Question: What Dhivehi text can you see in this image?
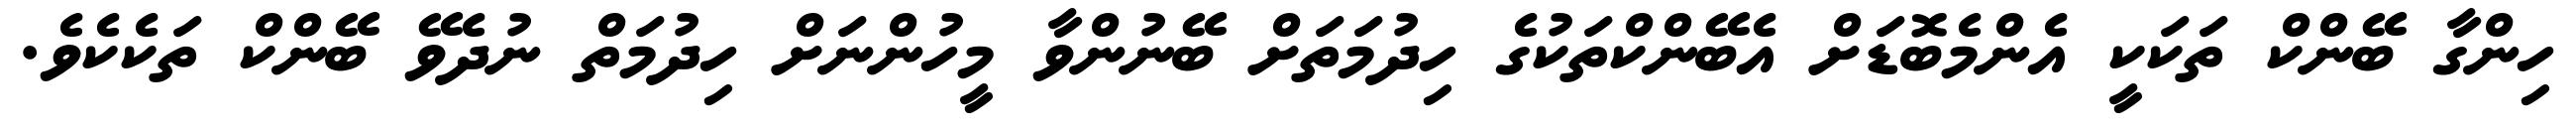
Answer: ހިންގާ ބޭންކް ތަކަކީ އެންމެބޮޑަށް އެބޭންކްތަކުގެ ހިދުމަތަށް ބޭނުންވާ މީހުންނަށް ހިދުމަތް ނުދެވޭ ބޭންކް ތަކެކެވެ.